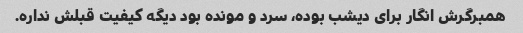
همبرگرش انگار برای دیشب بوده، سرد و مونده بود دیگه کیفیت قبلش نداره.